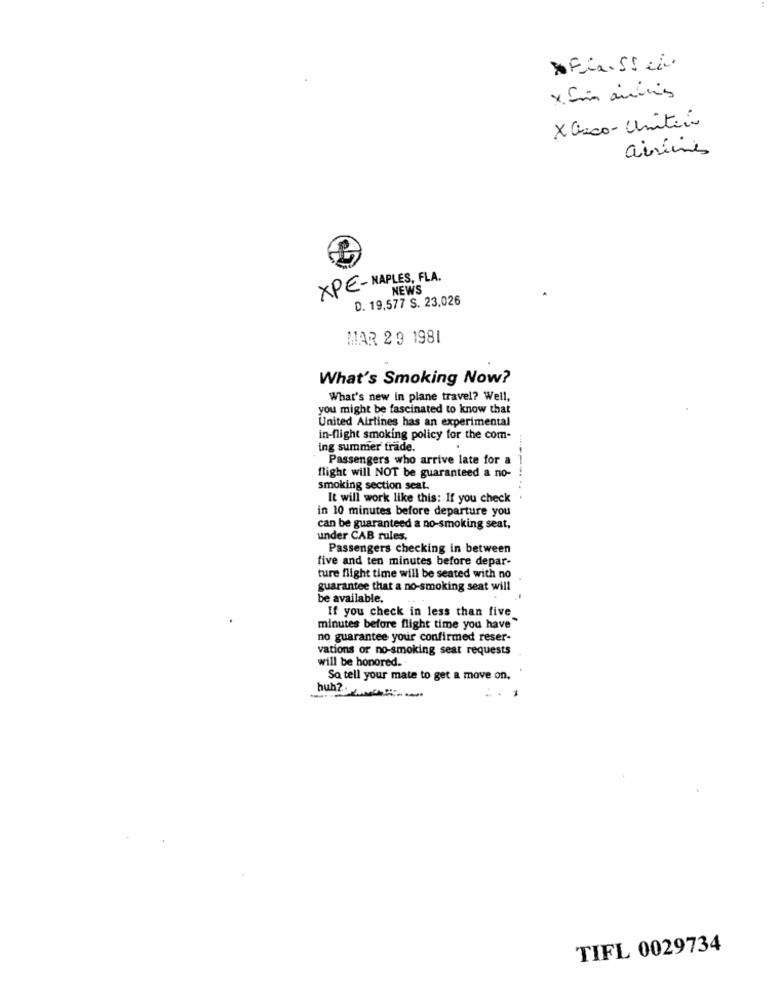
X Finnssei
x. Com aminis
X asco- Unitin
airlines
XPE-NAPLES, FLA.
NEWS
D. 19,577 S. 23,026
MAR 29 1981
What's Smoking Now?
What's new in plane travel? Well,
you might be fascinated to know that
United Airlines has an experimental
in-flight smoking policy for the com-
ing summer trade.
Passengers who arrive late for a
flight will NOT be guaranteed a no-
smoking section seat.
It will work like this: If you check
in 10 minutes before departure you
can be guaranteed a no-smoking seat,
under CAB rules.
Passengers checking in between
five and ten minutes before depar-
ture flight time will be seated with no
guarantee that a no-smoking seat will
be available.
If you check in less than five
minutes before flight time you have"
no guarantee your confirmed reser-
vations or no-smoking seat requests
will be honored ..
Sa tell your mate to get a move on,
huh ?..
TIFL 0029734